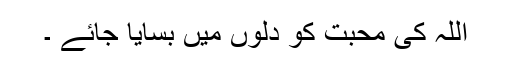
اللہ کی محبت کو دلوں میں بسایا جائے ۔